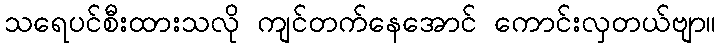
သရေပင်စီးထားသလို ကျင်တက်နေအောင် ကောင်းလှတယ်ဗျာ။